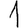
Digit: 1